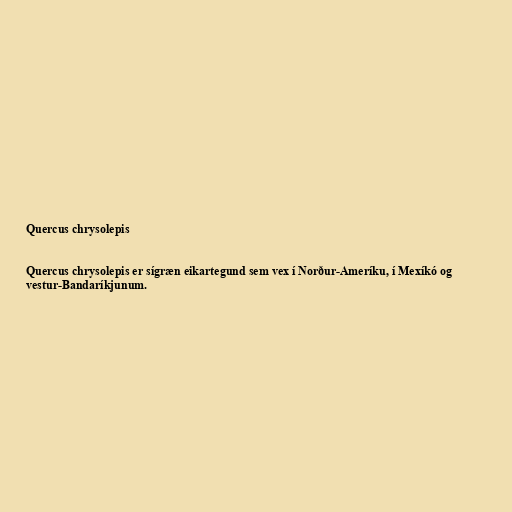
Quercus chrysolepis

Quercus chrysolepis er sígræn eikartegund sem vex í Norður-Ameríku, í Mexíkó og
vestur-Bandaríkjunum.